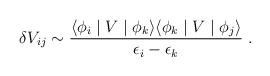
LaTeX: \begin{align*}\delta V_{ij} \sim {\langle \phi_i \mid V \mid \phi_k \rangle \langle\phi_k \mid V \mid \phi_j \rangle \over \epsilon_i-\epsilon_k}\;.\end{align*}